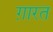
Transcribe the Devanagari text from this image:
ग़ारत